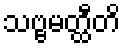
သဗ္ဗမတ္ထီတိ